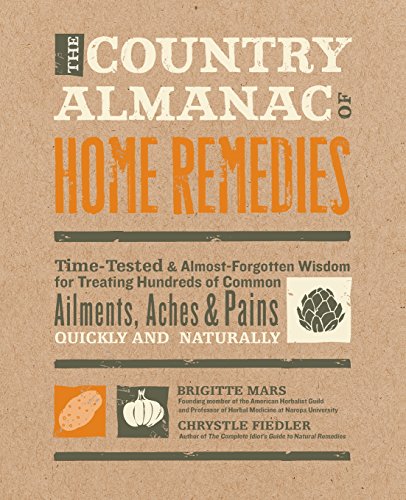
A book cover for The Country Almanac of Home Remedies: Time-Tested & Almost Forgotten Wisdom for Treating Hundreds of Common Ailments, Aches & Pains Quickly and Naturally; Brigitte Mars; Health, Fitness & Dieting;